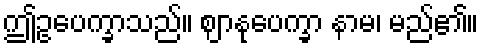
ဤဥပေက္ခာသည်။ ဈာနုပေက္ခာ နာမ၊ မည်၏။